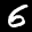
Label: 6